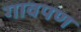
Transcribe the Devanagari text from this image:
गावपण